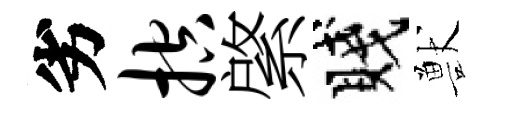
劣控綮賤獸